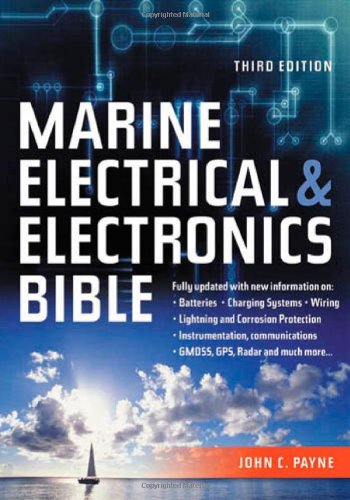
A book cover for Marine Electrical and Electronics Bible: Fully Updated, with New Information on Batteries, Charging Systems, Wiring, Lightning and Corrosion ... GMDSS, GSP, Rada and Much More...; John C. Payne; Engineering & Transportation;